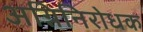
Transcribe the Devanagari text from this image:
अग्निनिरोधक